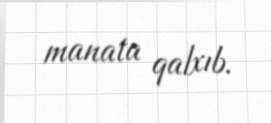
manata qalxıb.